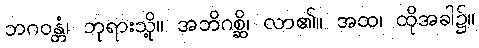
ဘဂဝန္တံ၊ ဘုရားသို့။ အဘိဂစ္ဆိ၊ လာ၏။ အထ၊ ထိုအခါ၌။